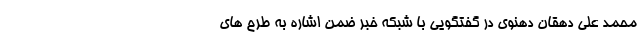
محمد علی دهقان دهنوی در گفتگویی با شبکه خبر ضمن اشاره به طرح های